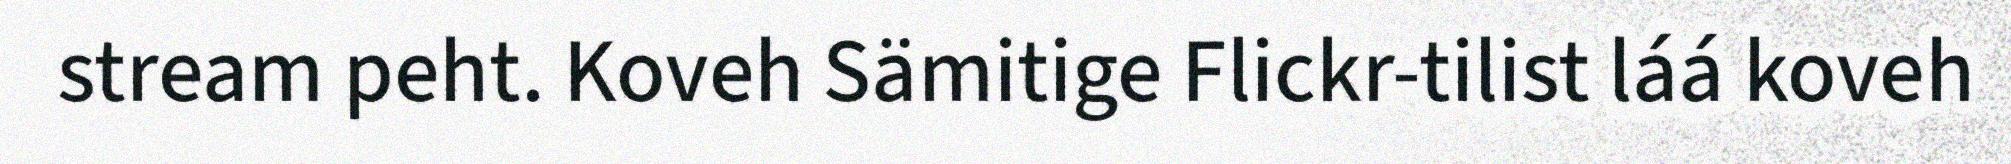
stream peht. Koveh Sämitige Flickr-tilist láá koveh